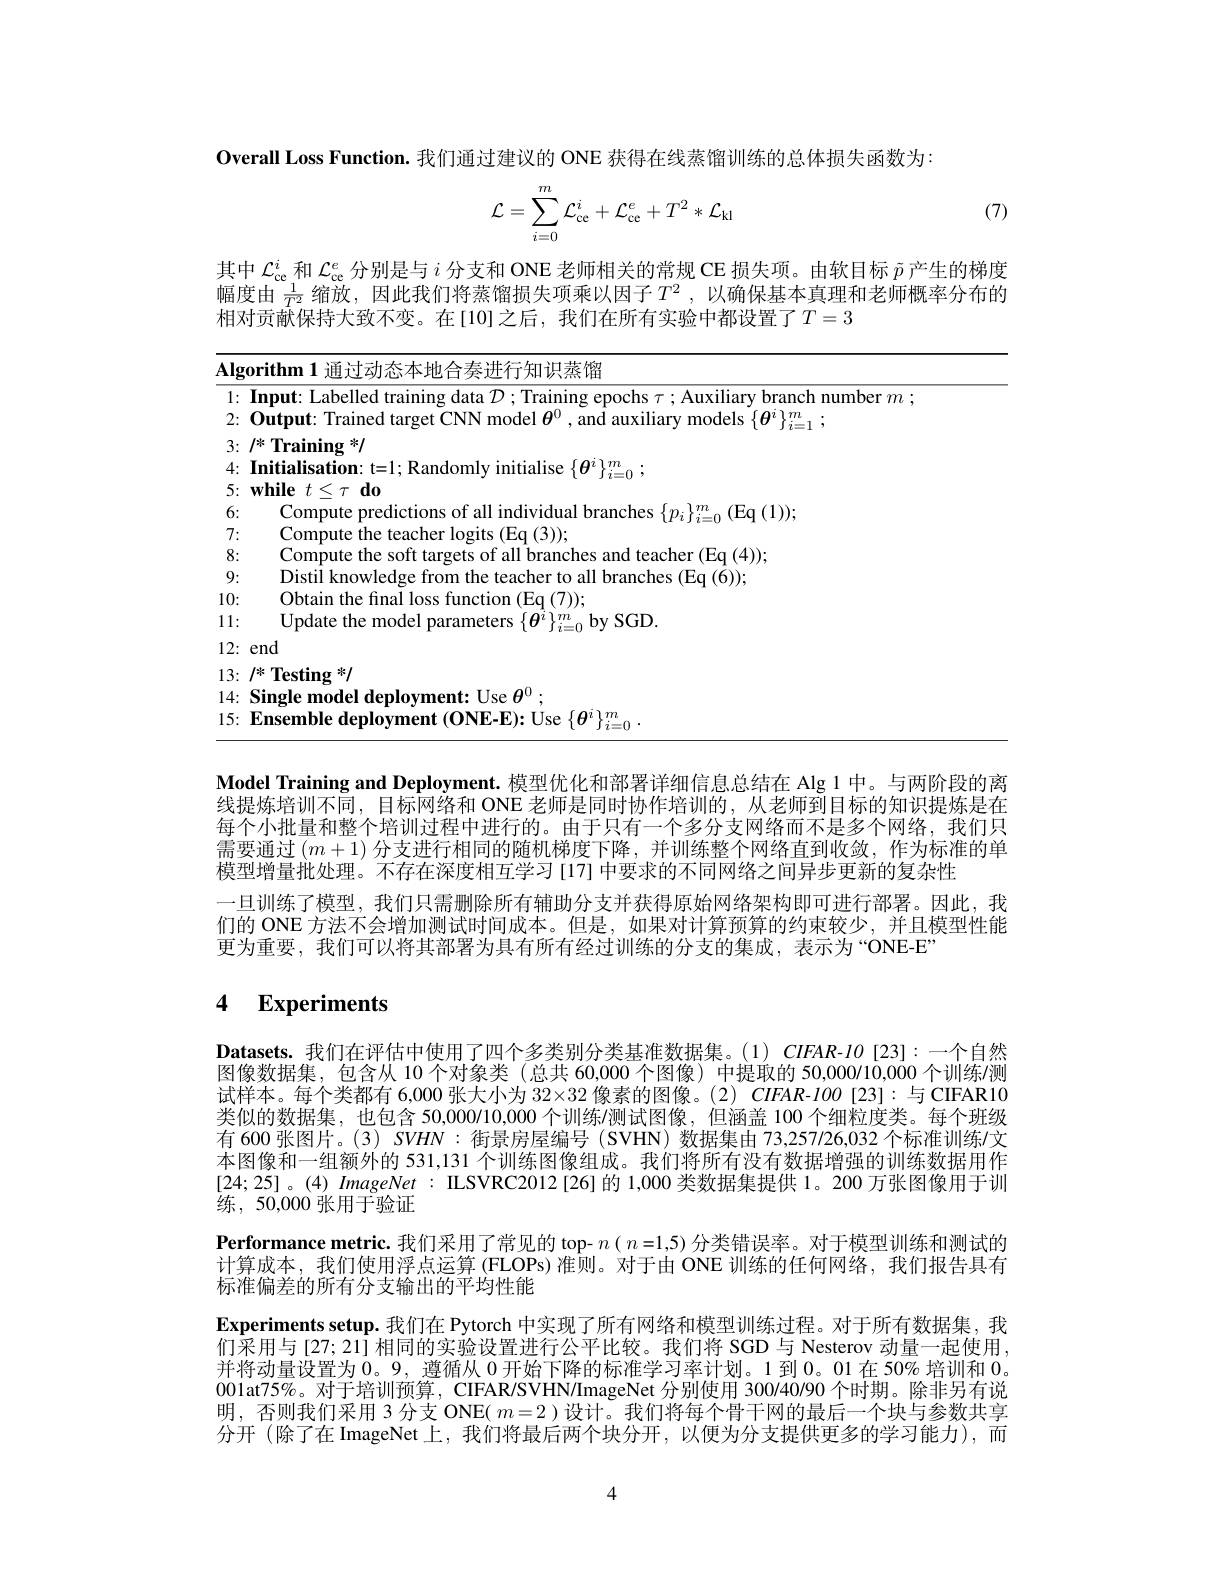
Overall Loss Function. 我们通过建议的 ONE 获得在线蒸馏训练的总体损失函数为：

(7)
$$\mathcal{L}=\sum\limits_{i=0}^m\mathcal{L}_{\text{ce}}^i+\mathcal{L}_{\text{ce}}^e+T^2*\mathcal{L}_{\text{kl}}$$
其中$\mathcal{L}_\mathrm{ce}^i$和$\mathcal{L}_\mathrm{ce}^e$分别是与$i$分支和 ONE 老师相关的常规 CE 损失项。由软目标$\tilde{p}$产生的梯度幅度由 $\frac1{T^2}$ 缩放，因此我们将蒸馏损失项乘以因子$T^2$ , 以 确 保 基 本 真 理 和 老 师 概 率 分 布 的 相对贡献保持大致不变。在[10]之后，我们在所有实验中都设置了$T=3$

<table>
	<tbody>
		<tr>
			<td>Alg</td>
			<td>$s$进行知识蒸馏</td>
		</tr>
		<tr>
			<td>1</td>
			<td>$rm$</td>
		</tr>
		<tr>
			<td>2:</td>
			<td>lutmut</td>
		</tr>
		<tr>
			<td>3</td>
			<td>/*Training */</td>
		</tr>
		<tr>
			<td>4</td>
			<td> </td>
		</tr>
		<tr>
			<td>5</td>
			<td>7hil $dr$</td>
		</tr>
		<tr>
			<td> </td>
			<td>$IL$ $a(1)$</td>
		</tr>
		<tr>
			<td>7: T</td>
			<td>Compute the teacher logits (Eq (3));</td>
		</tr>
		<tr>
			<td>8:</td>
			<td>Compute the s f all hranc ches and teacher (Fa (4))</td>
		</tr>
		<tr>
			<td>9:</td>
			<td>Distil knowledg $\textbf{frn}$ s teachert $n_{i}$ all branches (Fa$\left ( 6\right ) )$</td>
		</tr>
		<tr>
			<td>10:</td>
			<td>Obtain the final loss function (Eq (7))</td>
		</tr>
		<tr>
			<td>1 11 1 · 1 </td>
			<td>Update the model parameters $\{\boldsymbol{\theta}^{\iota}\}_{i=0}^{m}$by SGD</td>
		</tr>
		<tr>
			<td>12:</td>
			<td>end</td>
		</tr>
		<tr>
			<td>13:</td>
			<td>$/ * \textbf{Testing}* /$</td>
		</tr>
		<tr>
			<td>14:</td>
			<td>Single model deplovment: Use $\theta ^{0}$ .</td>
		</tr>
		<tr>
			<td>15:</td>
			<td>Ensemble deplovmen nt $(0NE-K)$</td>
		</tr>
	</tbody>
</table>

Model Training and Deployment. 模型优化和部署详细信息总结在 Alg 1 中。与两阶段的离线提炼培训不同，目标网络和 ONE 老师是同时协作培训的，从老师到目标的知识提炼是在每个小批量和整个培训过程中进行的。由于只有一个多分支网络而不是多个网络，我们只需要通过$(m+1)$分支进行相同的随机梯度下降，并训练整个网络直到收敛，作为标准的单模型增量批处理。不存在深度相互学习[17] 中要求的不同网络之间异步更新的复杂性
一旦训练了模型，我们只需删除所有辅助分支并获得原始网络架构即可进行部署。因此，我们的 ONE 方法不会增加测试时间成本。但是，如果对计算预算的约束较少，并且模型性能更为重要，我们可以将其部署为具有所有经过训练的分支的集成，表示为“ONE-E”

# 4 Experiments

Datasets.我们在评估中使用了四个多类别分类基准数据集。(1) CIFAR-$IO$ [23]:一个自然图像数据集，包含从 10 个对象类(总共 60,000 个图像) 中提取的 50,000/10,000 个训练/测试样本。每个类都有 6,000 张大小为 32×32 像素的图像。(2) CIFAR-100 [23]:与 CIFAR10类似的数据集，也包含 50,000/10,000个训练/测试图像，但涵盖 100个细粒度类。每个班级有 600 张图片。(3) SVHN : 街景房屋编号 (SVHN) 数据集由 73,257/26,032 个标准训练/文本图像和一组额外的 531,131 个训练图像组成。我们将所有没有数据增强的训练数据用作$[24;25]。(4)ImageNet:$ ILSVRC2012 [26]的 1,000 类数据集提供 1。200 万张图像用于训练，50,000 张用于验证
Performance metric. 我们采用了常见的 top- $n(n=1,5)$分类错误率。对于模型训练和测试的计算成本，我们使用浮点运算 (FLOPs) 准则。对于由 ONE 训练的任何网络，我们报告具有标准偏差的所有分支输出的平均性能
Experiments setup. 我们在 Pytorch 中实现了所有网络和模型训练过程。对于所有数据集，我们采用与[27;21]相同的实验设置进行公平比较。我们将 SGD 与 Nesterov 动量一起使用， 并将动量设置为0。9, 遵循从0开始下降的标准学习率计划。1 到0。01在 50% 培训和0. 00lat75%。对于培训预算，CIFAR/SVHN/ImageNet 分别使用 300/40/90 个时期。除非另有说明，否则我们采用 3 分支 ONE( $m=2$ )设计。我们将每个骨干网的最后一个块与参数共享分开(除了在 ImageNet上，我们将最后两个块分开，以便为分支提供更多的学习能力),而

4